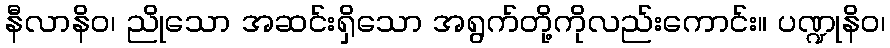
နီလာနိဝ၊ ညိုသော အဆင်းရှိသော အရွက်တို့ကိုလည်းကောင်း။ ပဏ္ဍုနိဝ၊